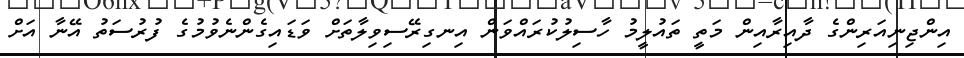
އިންޖިނިއަރިންގެ ދާއިރާއިން މަތީ ތައުލީމު ހާސިލުކުރައްވަން އިނގިރޭސިވިލާތަށް ވަޑައިގެންނެވުމުގެ ފުރުސަތު އޭނާ އަށް